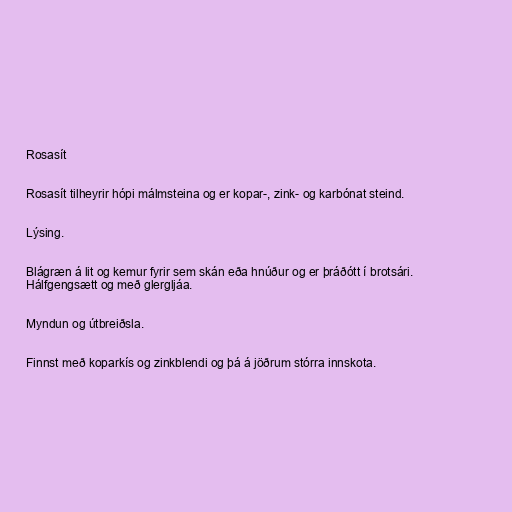
Rosasít

Rosasít tilheyrir hópi málmsteina og er kopar-, zink- og karbónat steind.

Lýsing.

Blágræn á lit og kemur fyrir sem skán eða hnúður og er þráðótt í brotsári.
Hálfgengsætt og með glergljáa.

Myndun og útbreiðsla.

Finnst með koparkís og zinkblendi og þá á jöðrum stórra innskota.